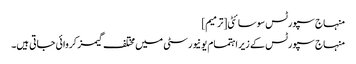
منہاج سپورٹس سوسائٹی[ترمیم]
منہاج سپورٹس کے زیر اہتمام یونیورسٹی میں مختلف گیمز کروائی جاتی ہیں۔